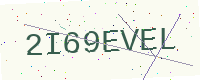
Text: 2I69EVEL